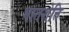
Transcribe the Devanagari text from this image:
भातशेति